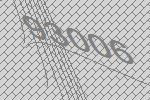
93006